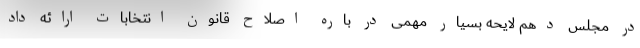
در مجلس دهم لایحه بسیار مهمی در باره اصلاح قانون انتخابات ارائه داد